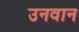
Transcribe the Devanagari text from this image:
उनवान